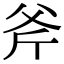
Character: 斧